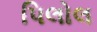
પિલોલ